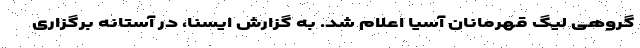
گروهی لیگ قهرمانان آسیا اعلام شد. به گزارش ایسنا، در آستانه برگزاری